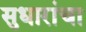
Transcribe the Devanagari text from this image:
सुधारांचा